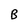
Character: B